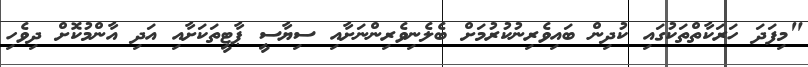
"މިފަދަ ހަރަކާތްތަކުގައި ކުދިން ބައިވެރިނުކުރުމަށް ބެލެނިވެރިންނަށާއި ސިޔާސީ ޕާޓީތަކަށާއި އަދި އާންމުކޮށް ދިވެހި